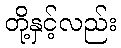
တို့နှင့်လည်း